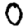
Digit: 0